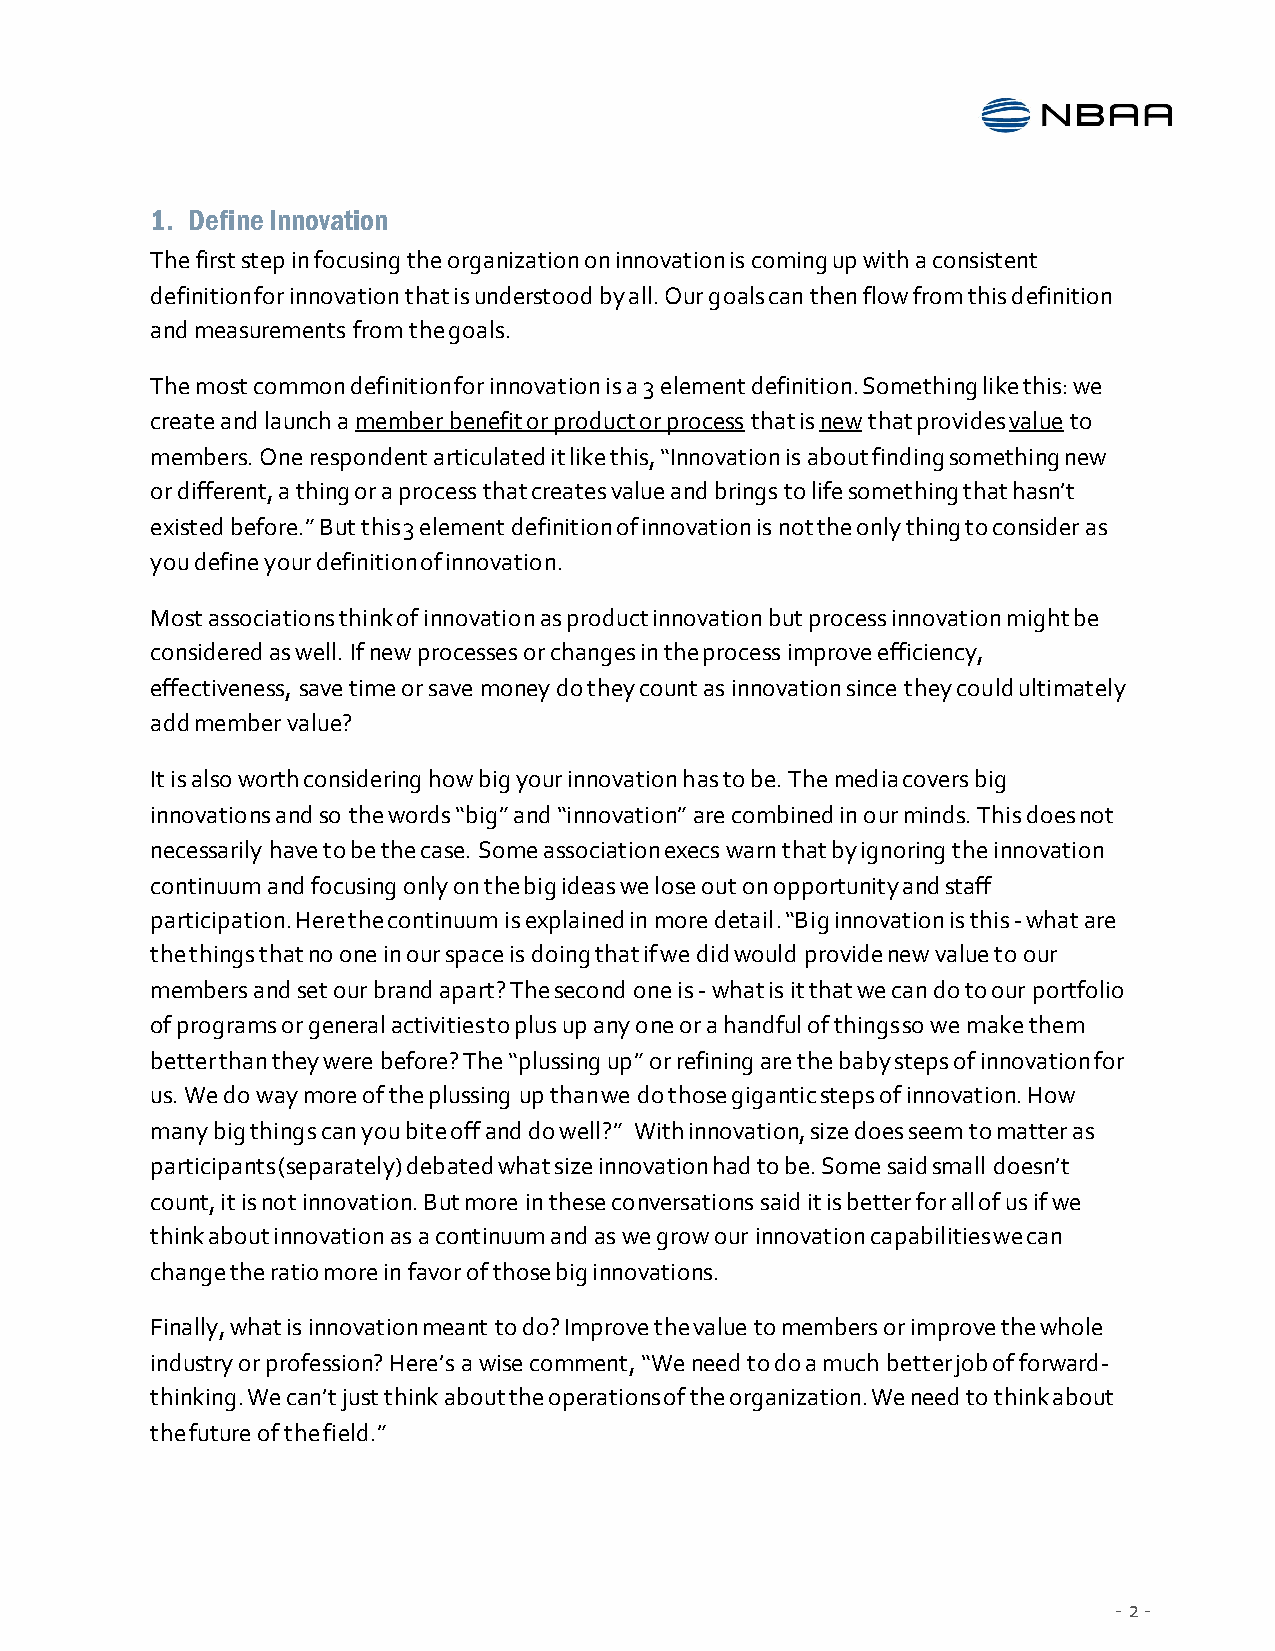
1. Define Innovation
 The first step in focusing the organization on innovation is coming up with a consistent
 definition for innovation that is understood by all. Our goals can then flow from this definition
 and measurements from the goals.
 The most common definition for innovation is a 3 element definition. Something like this: we
 create and launch a member benefit or product or process that is new that provides value to
 members. One respondent articulated it like this, “Innovation is about finding something new
 or different, a thing or a process that creates value and brings to life something that hasn’t
 existed before.” But this 3 element definition of innovation is not the only thing to consider as
 you define your definition of innovation.
 Most associations think of innovation as product innovation but process innovation might be
 considered as well. If new processes or changes in the process improve efficiency,
 effectiveness, save time or save money do they count as innovation since they could ultimately
 add member value?
 It is also worth considering how big your innovation has to be. The media covers big
 innovations and so the words “big” and “innovation” are combined in our minds. This does not
 necessarily have to be the case. Some association execs warn that by ignoring the innovation
 continuum and focusing only on the big ideas we lose out on opportunity and staff
 participation. Here the continuum is explained in more detail. “Big innovation is this - what are
 the things that no one in our space is doing that if we did would provide new value to our
 members and set our brand apart? The second one is - what is it that we can do to our portfolio
 of programs or general activities to plus up any one or a handful of things so we make them
 better than they were before? The “plussing up” or refining are the baby steps of innovation for
 us. We do way more of the plussing up than we do those gigantic steps of innovation. How
 many big things can you bite off and do well?” With innovation, size does seem to matter as
 participants (separately) debated what size innovation had to be. Some said small doesn’t
 count, it is not innovation. But more in these conversations said it is better for all of us if we
 think about innovation as a continuum and as we grow our innovation capabilities we can
 change the ratio more in favor of those big innovations.
 Finally, what is innovation meant to do? Improve the value to members or improve the whole
 industry or profession? Here’s a wise comment, “We need to do a much better job of forward-
 thinking. We can’t just think about the operations of the organization. We need to think about
 the future of the field.”
 - 2 -